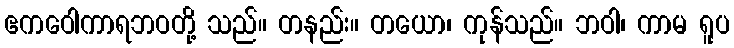
ဧကဝေါကာရဘဝတို့ သည်။ တနည်း။ တယော၊ ကုန်သည်။ ဘဝါ၊ ကာမ ရူပ